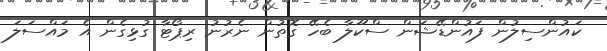
ކައުންސިލުން ފައުންޑޭޝަން ސްކޫލާ ބެހޭ ގޮތުން ނެރުނު ރިޕޯޓާ ގުޅިގެން އެ މައްސަލަ